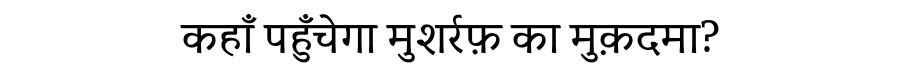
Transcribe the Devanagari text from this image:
कहाँ पहुँचेगा मुशर्रफ़ का मुक़दमा?